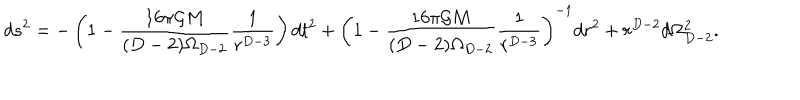
d s ^ { 2 } = - \left( 1 - \frac { 1 6 \pi { \cal G } M } { ( D - 2 ) \Omega _ { D - 2 } } \frac { 1 } { r ^ { D - 3 } } \right) d t ^ { 2 } + \left( 1 - \frac { 1 6 \pi { \cal G } M } { ( D - 2 ) \Omega _ { D - 2 } } \frac { 1 } { r ^ { D - 3 } } \right) ^ { - 1 } d r ^ { 2 } + r ^ { D - 2 } d \Omega _ { D - 2 } ^ { 2 } .